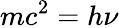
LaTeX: mc^{2}=h\nu